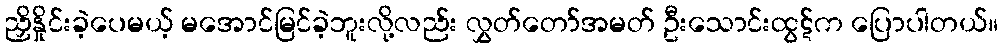
ညှိနှိုင်းခဲ့ပေမယ့် မအောင်မြင်ခဲ့ဘူးလို့လည်း လွှတ်တော်အမတ် ဦးသောင်းထွဋ်က ပြောပါတယ်။